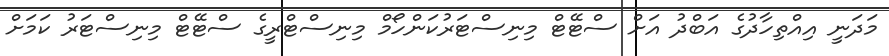
މަދަނީ އިއްތިހާދުގެ އަބްދު އަށް ސްޓޭޓް މިނިސްޓަރުކަންހޯމް މިނިސްޓްރީގެ ސްޓޭޓް މިނިސްޓަރު ކަމަށް